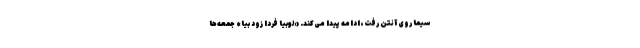
سیما روی آنتن رفت، ادامه پیدا می‌کند. «لوبیا فردا زود بیا» جمعه‌ها